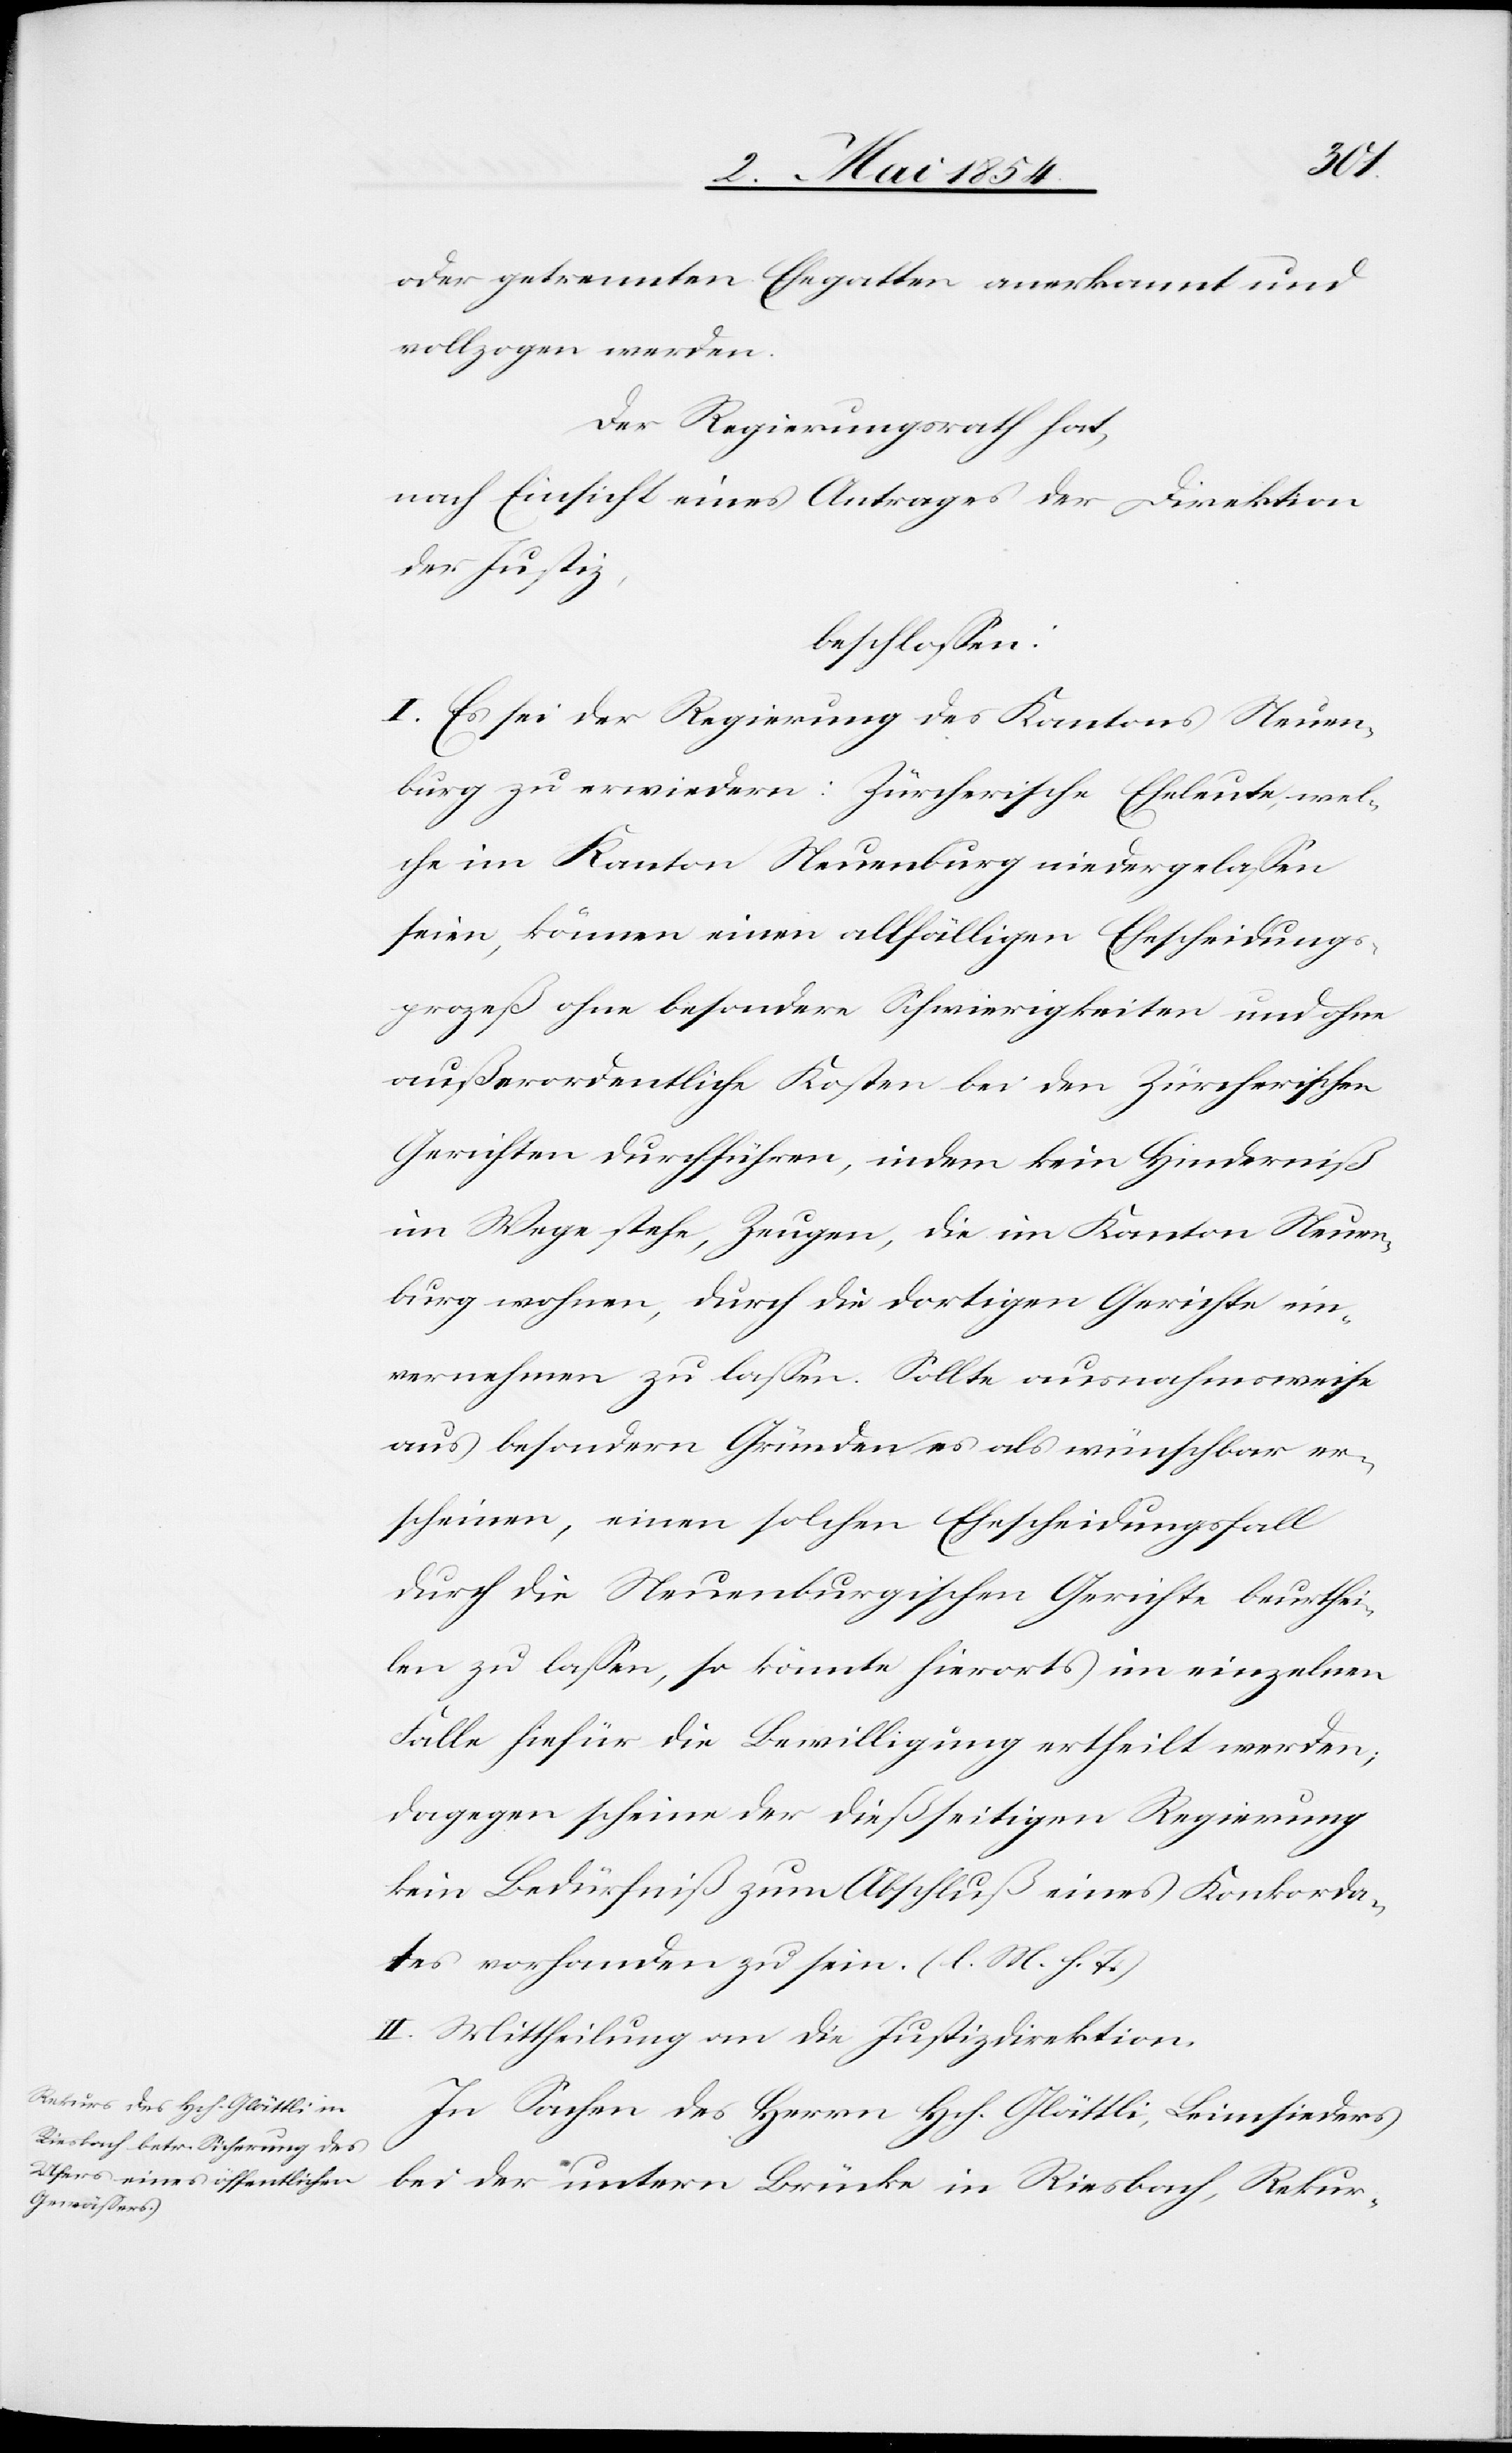
oder getrennten Ehegatten anerkannt und
vollzogen werden.
Der Regierungsrath hat,
nach Einsicht eines Antrages der Direktion
der Justiz,
beschloßen:
I. Es sei der Regierung des Kantons Neuen¬
burg zu erwiedern: Zürcherische Eheleute, wel¬
che im Kanton Neuenburg niedergelaßen
seien, können einen allfälligen Ehescheidungs¬
prozeß ohne besondere Schwierigkeiten und ohne
außerordentliche Kosten bei den Zürcherischen
Gerichten durchführen, indem kein Hinderniß
im Wege stehe, Zeugen, die im Kanton Neuen¬
burg wohnen, durch die dortigen Gerichte ein¬
vernehmen zu laßen. Sollte ausnahmsweise
aus besondern Gründen es als wünschbar er¬
scheinen, einen solchen Ehescheidungsfall
durch die Neuenburgischen Gerichte beurthei¬
len zu laßen, so könnte hierorts im einzelnen
Falle hiefür die Bewilligung ertheilt werden;
dagegen scheine der dießseitigen Regierung
kein Bedürfniß zum Abschluß eines Konkorda¬
tes vorhanden zu sein. (l. M. h. T.)
II. Mittheilung an die Justizdirektion.
In Sachen des Herrn Hch. Glättli, Leinsieders
bei der untern Brücke in Riesbach, Rekur-